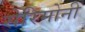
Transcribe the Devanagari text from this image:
सेरिमोनी